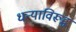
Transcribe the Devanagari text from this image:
धन्याविरूद्ध